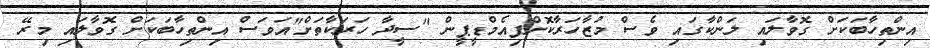
އިންތިހާބަކަށް ގޮވާލައި ލަންކާގައި ވެސް މުޒާހަރާކޮށްފިއެމްޑީޕީން "ސީދާ ހަރަކާތަށް"އަވަސް އިންތިހާބަކަށް ގޮވާލައި މިރޭ